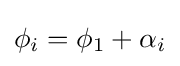
\phi _{i}=\phi _{1}+\alpha _{i}